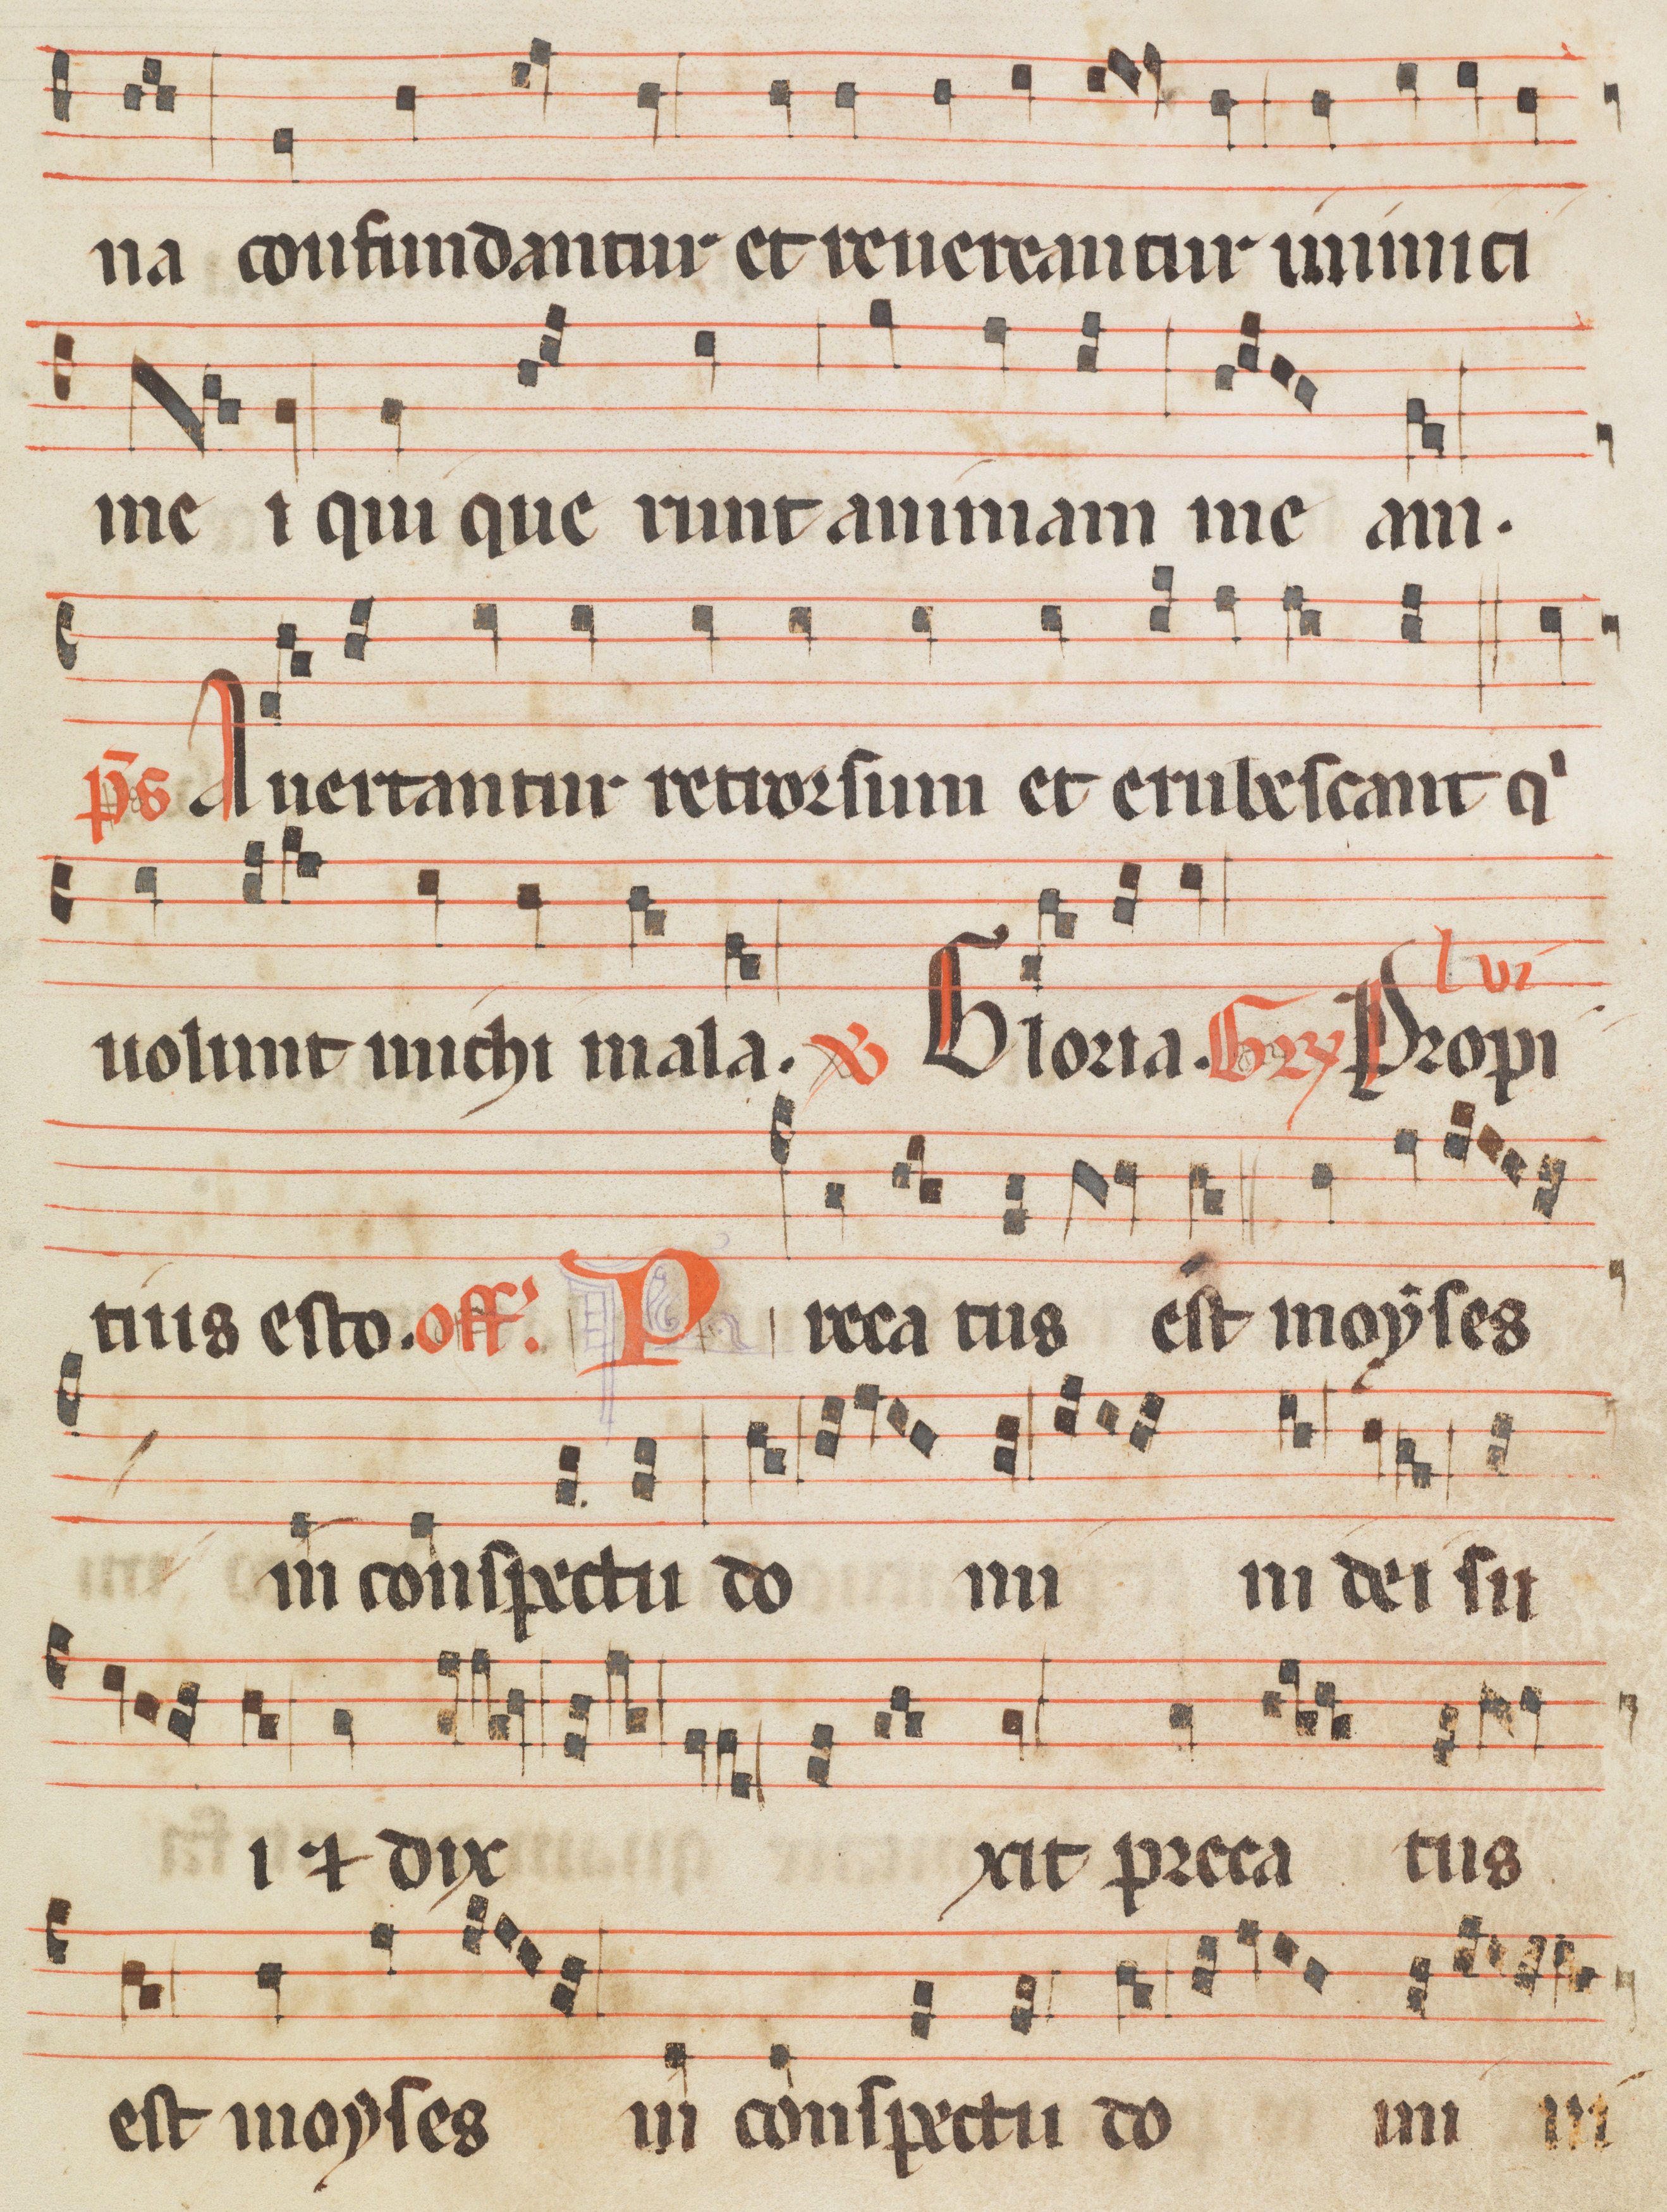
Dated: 1285–1315